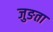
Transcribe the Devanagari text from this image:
जुङता